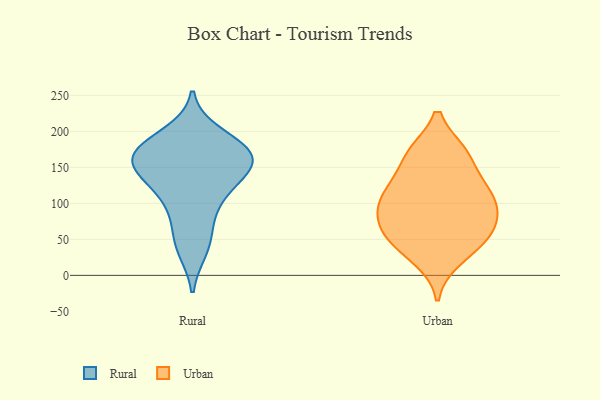
{"axis": {"x": "Churn Rate (%)", "y": "Value"}, "legend": ["Rural", "Urban"], "data": [{"x": "", "y": 164, "type": "Rural"}, {"x": "", "y": 142, "type": "Rural"}, {"x": "", "y": 169, "type": "Rural"}, {"x": "", "y": 37, "type": "Rural"}, {"x": "", "y": 171, "type": "Rural"}, {"x": "", "y": 142, "type": "Rural"}, {"x": "", "y": 154, "type": "Rural"}, {"x": "", "y": 176, "type": "Rural"}, {"x": "", "y": 106, "type": "Rural"}, {"x": "", "y": 49, "type": "Rural"}, {"x": "", "y": 86, "type": "Rural"}, {"x": "", "y": 195, "type": "Rural"}, {"x": "", "y": 173, "type": "Rural"}, {"x": "", "y": 126, "type": "Rural"}, {"x": "", "y": 123, "type": "Urban"}, {"x": "", "y": 58, "type": "Urban"}, {"x": "", "y": 86, "type": "Urban"}, {"x": "", "y": 169, "type": "Urban"}, {"x": "", "y": 106, "type": "Urban"}, {"x": "", "y": 120, "type": "Urban"}, {"x": "", "y": 38, "type": "Urban"}, {"x": "", "y": 53, "type": "Urban"}, {"x": "", "y": 23, "type": "Urban"}, {"x": "", "y": 78, "type": "Urban"}, {"x": "", "y": 62, "type": "Urban"}, {"x": "", "y": 93, "type": "Urban"}, {"x": "", "y": 118, "type": "Urban"}, {"x": "", "y": 169, "type": "Urban"}, {"x": "", "y": 169, "type": "Urban"}]}